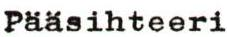
Pääsihteeri